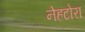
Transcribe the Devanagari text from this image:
नेहटोरा